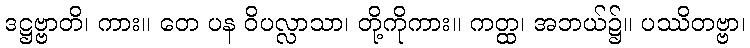
ဒဋ္ဌဗ္ဗာတိ၊ ကား။ တေ ပန ဝိပလ္လာသာ၊ တို့ကိုကား။ ကတ္ထ၊ အဘယ်၌။ ပဿိတဗ္ဗာ၊